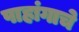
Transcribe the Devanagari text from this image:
पाहांगाचे